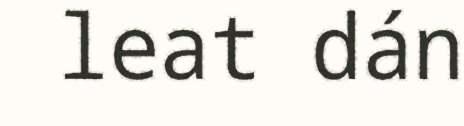
leat dán